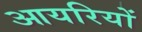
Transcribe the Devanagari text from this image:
आयरियों